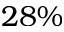
2 8 \%